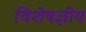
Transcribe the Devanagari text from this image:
विशेषज्ञीय